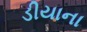
ડીયાના